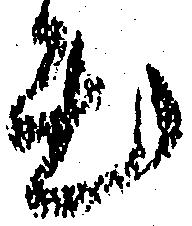
出